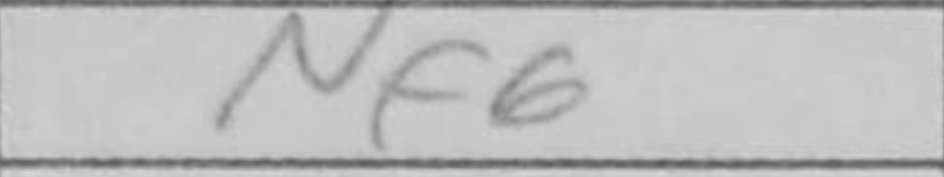
Transcription: Nf6